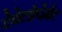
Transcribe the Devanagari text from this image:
देवेलोपेमेंट